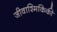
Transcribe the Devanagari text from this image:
जीवाश्मिकिकी